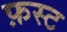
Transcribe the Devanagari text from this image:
फ़स्ट